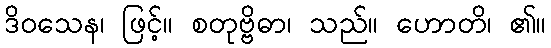
ဒိဝသေန၊ ဖြင့်။ စတုဗ္ဗိဓာ၊ သည်။ ဟောတိ၊ ၏။